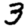
Digit: 3